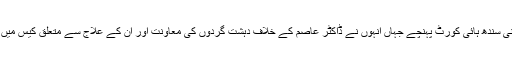
پاک سرزمین پارٹی کے رہنما انیس قائم خانی سندھ ہائی کورٹ پہنچے جہاں انہوں نے ڈاکٹر عاصم کے خلاف دہشت گردوں کی معاونت اور ان کے علاج سے متعلق کیس میں حفاظتی ضمانت کی درخواست جمع کرائی۔